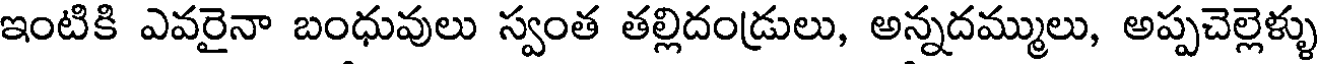
ఇంటికి ఎవరైనా బంధువులు స్వంత తల్లిదండ్రులు, అన్నదమ్ములు, అప్పచెల్లెళ్ళు